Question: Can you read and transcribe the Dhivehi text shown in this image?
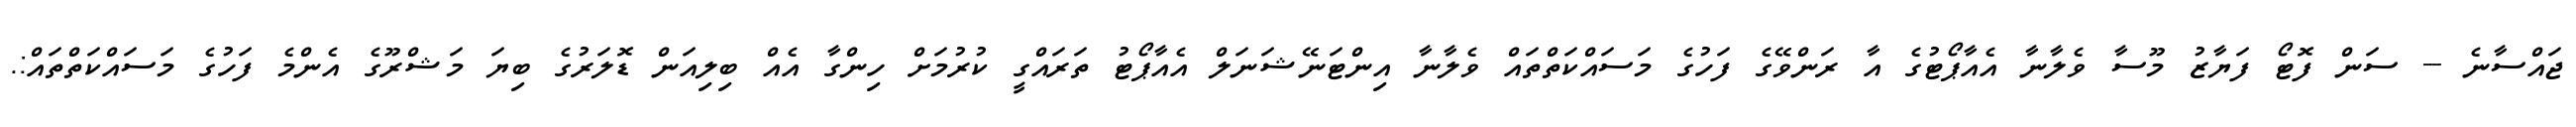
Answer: ޖައްސާނެ -- ސަން ފޮޓޯ ފަޔާޒު މޫސާ ވެލާނާ އެއާޕޯޓުގެ އާ ރަންވޭގެ ފަހުގެ މަސައްކަތްތައް ވެލާނާ އިންޓަނޭޝަނަލް އެއާޕޯޓު ތަރައްގީ ކުރުމަށް ހިންގާ އެއް ބިލިއަން ޑޮލަރުގެ ބިޔަ މަޝްރޫގެ އެންމެ ފަހުގެ މަސައްކަތްތައް:.